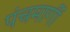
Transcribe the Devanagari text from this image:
पंचमार्गी